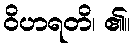
ဝိဟရတိ၊ ၏။